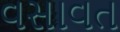
વસાવત